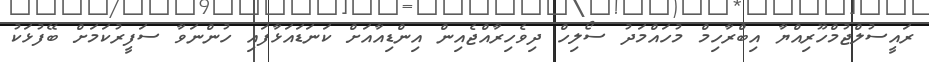
ރައީސުލްޖުމްހޫރިއްޔާ އިބްރާހިމް މުހައްމަދު ސޯލިހް ދިވެހިރާއްޖެއިން އިންޑިއާއަށް ކަނަޑައަޅާފައި ހުންނަވާ ސަފީރުކަމަށް ބޭފުޅަކު